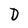
Character: D